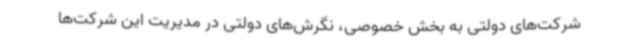
شرکت‌های دولتی به بخش خصوصی، نگرش‌های دولتی در مدیریت این شرکت‌ها